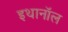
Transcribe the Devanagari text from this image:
इथानॉल